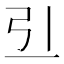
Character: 𠀓